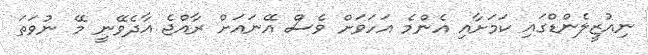
ނިއުޒީލެންޑްގައި ކަމަށާއި އެންމެ އަހަވަށް ވެސް އޭނައަށް ރާއްޖެ އާދެވޭނީ މޭ ނުވަތަ